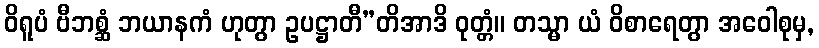
ဝိရူပံ ဗီဘစ္ဆံ ဘယာနကံ ဟုတွာ ဥပဋ္ဌာတီ”တိအာဒိ ဝုတ္တံ။ တသ္မာ ယံ ဝိစာရေတွာ အဝေါစုမှ,